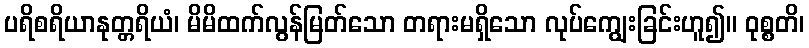
ပရိစရိယာနုတ္တရိယံ၊ မိမိထက်လွန်မြတ်သော တရားမရှိသော လုပ်ကျွေးခြင်းဟူ၍။ ဝုစ္စတိ၊